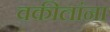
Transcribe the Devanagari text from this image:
वकीलांना